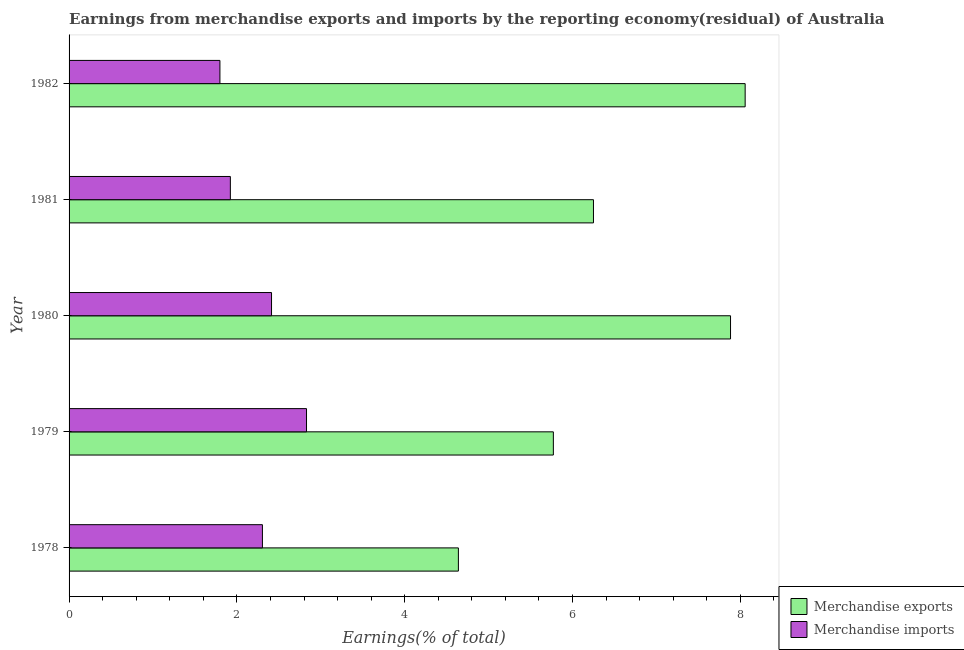
| Year | Merchandise exports | Merchandise imports |
 | --- | --- | --- |
 | 1978 | 4.64 | 2.3 |
 | 1979 | 5.77 | 2.83 |
 | 1980 | 7.88 | 2.41 |
 | 1981 | 6.25 | 1.92 |
 | 1982 | 8.06 | 1.8 |